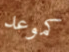
كموعد